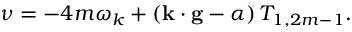
\nu = - 4 m \omega _ { k } + \left( \mathbf { k \cdot g } - \alpha \right) T _ { 1 , 2 m - 1 } .